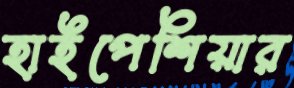
হাইপেশিয়ার